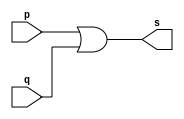
// -------------------------
// Exemplo0004 - OR
// Nome: Willian Antonio dos Santos
// -------------------------
// -------------------------
// -- or gate
// -------------------------
module orgate (output s, input p, input q);
       assign s = p | q;
endmodule // orgate
// -------------------------
// -- test or gate
// -------------------------
module testorgate;
        // ------------------------- dados locais
        reg a, b;    // definir registrador
        wire s;      // definir conexao (fio)
        // ------------------------- instancia
        orgate OR1 (s, a, b);
        // ------------------------- preparacao
        initial begin:start
                     // valores iniciais
                a=0; b=0;
        end
        // ------------------------- parte principal
        initial begin:main
                     // execucao unitaria
                $display("Exemplo0004 - Willian Antonio dos Santos - 462020");
                $display("Test OR gate:");
                $display("\na | b = s\n");
                a=0; b=0;
             #1 $display("%b | %b = %b", a, b, s);
                a=0; b=1;
             #1 $display("%b | %b = %b", a, b, s);
                a=1; b=0;
             #1 $display("%b | %b = %b", a, b, s);
                a=1; b=1;
             #1 $display("%b | %b = %b", a, b, s);
        end
endmodule // testorgate